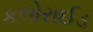
કલોરાઈડ